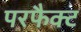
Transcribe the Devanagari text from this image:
परफैक्ट